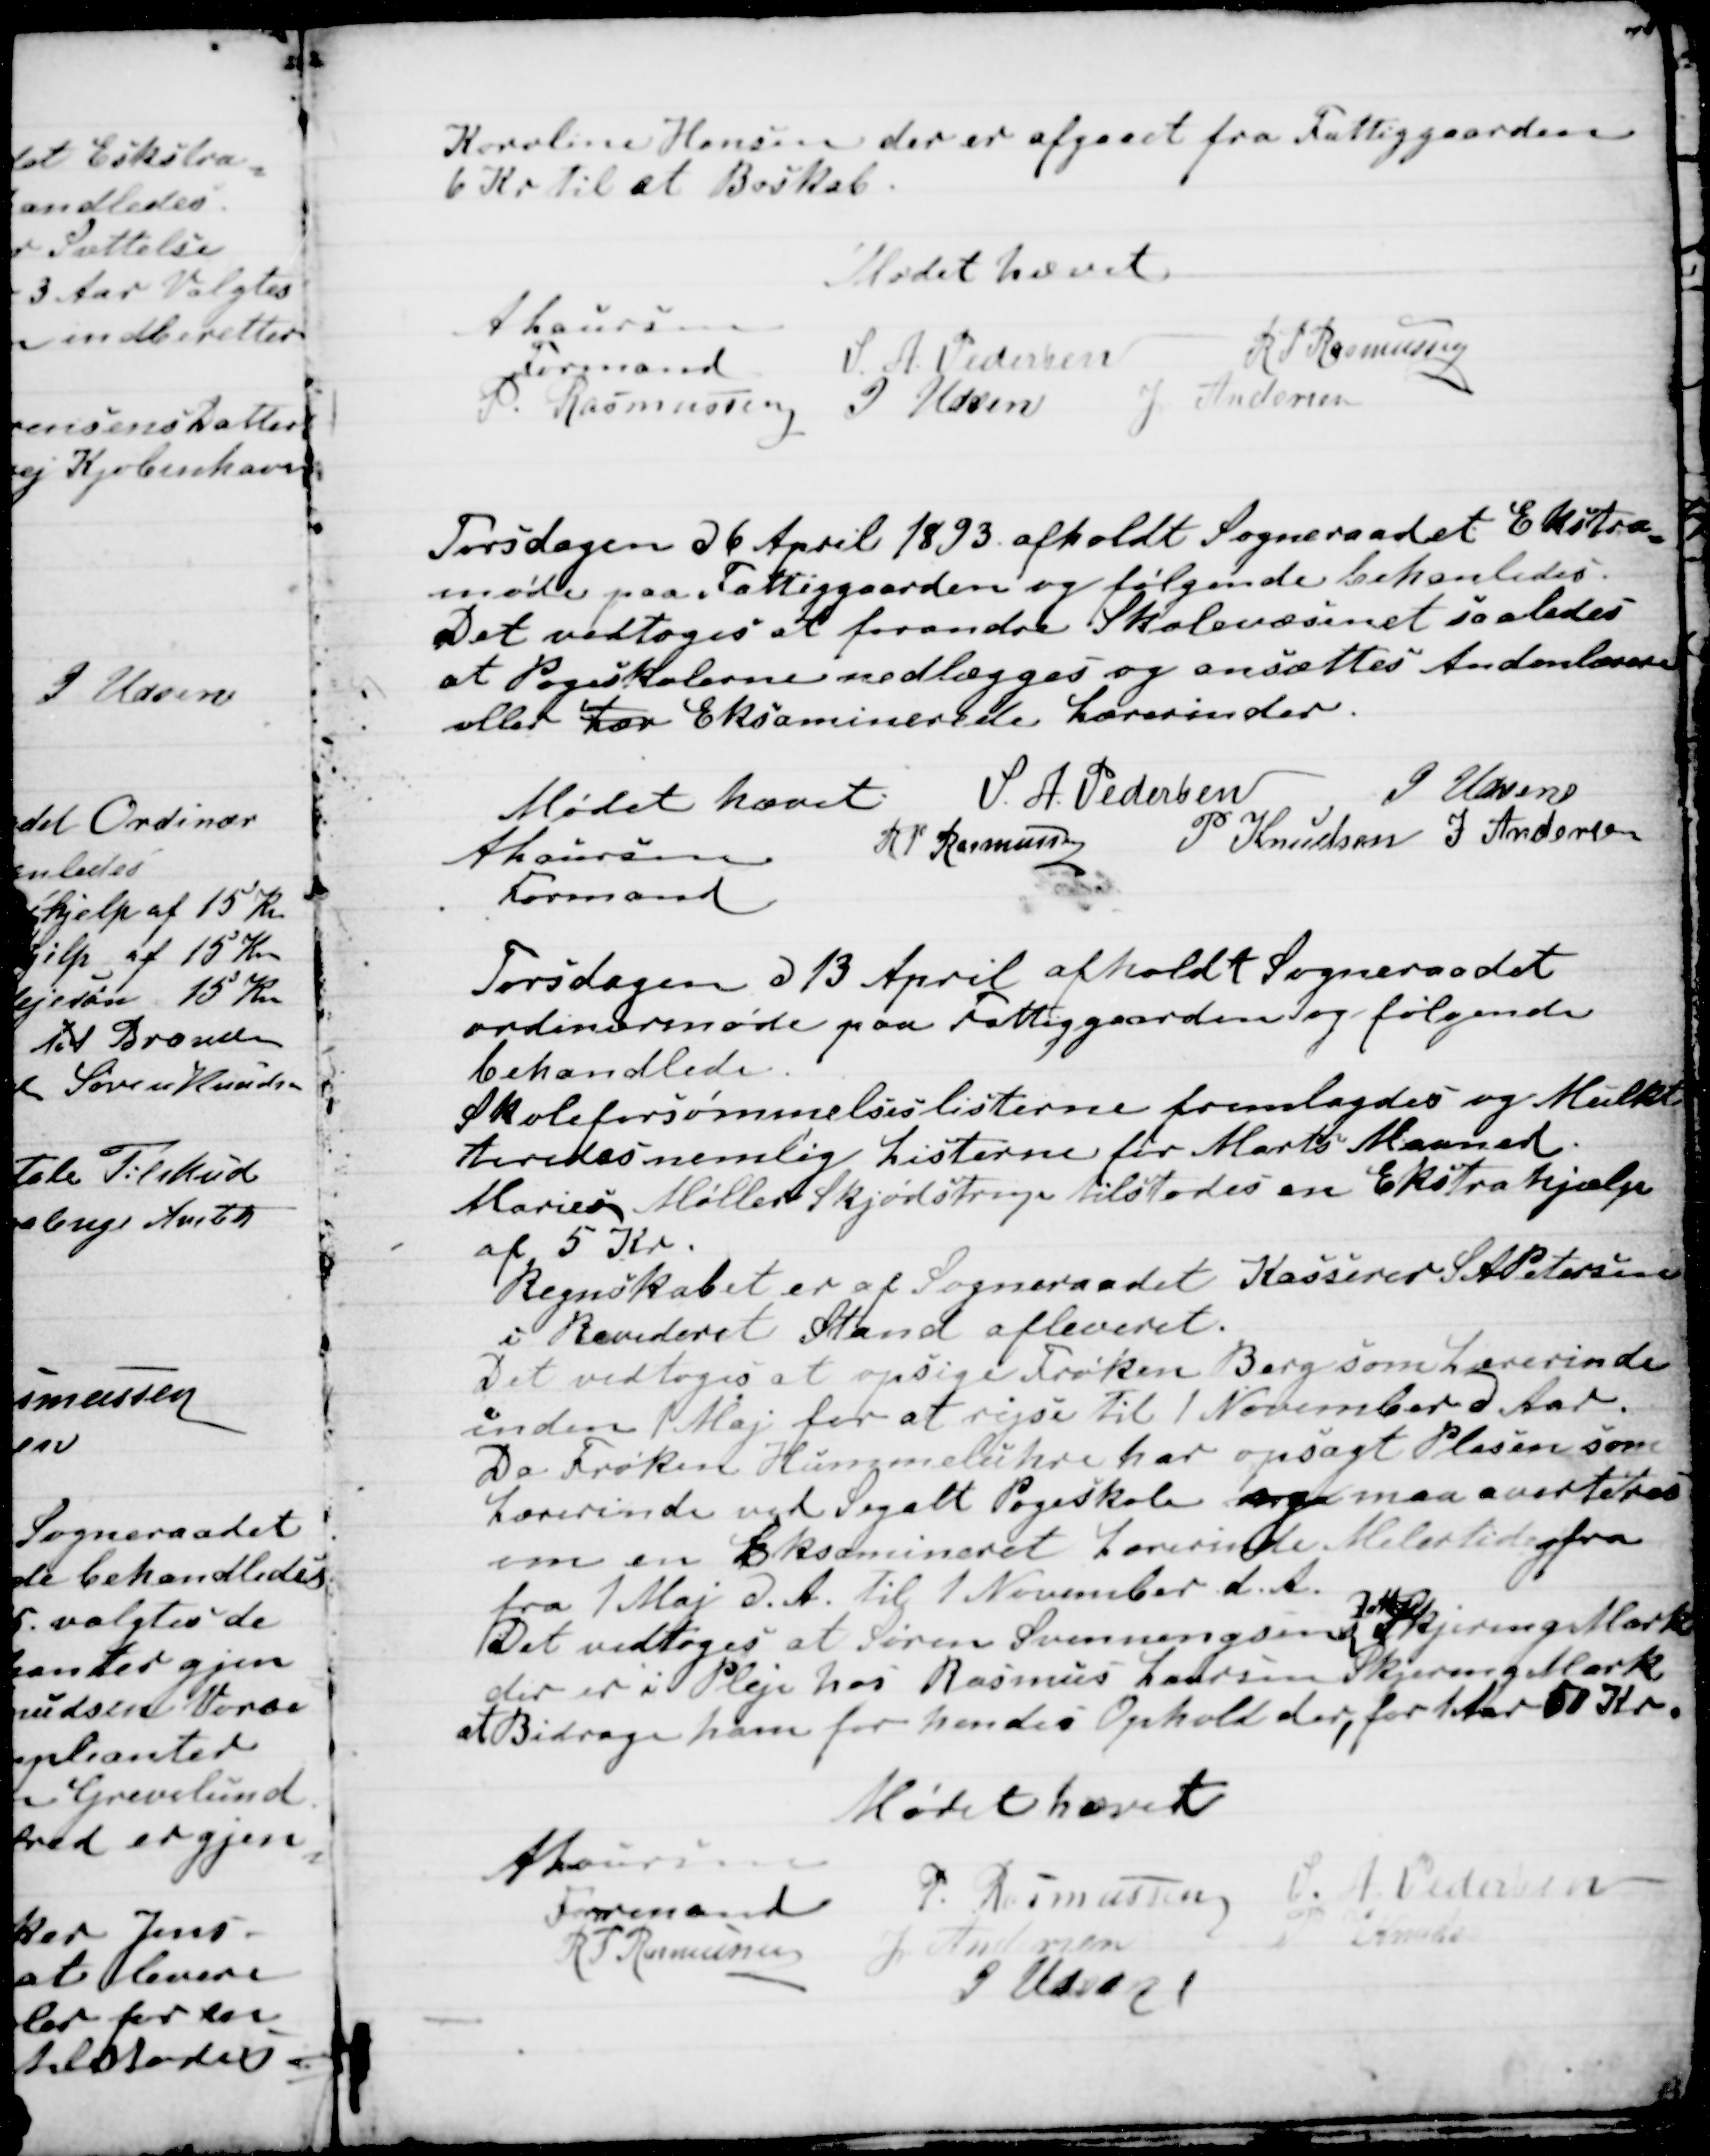
Transskription:
Karoline Hansen der er afgaaet fra Fattiggaarden
6 Kr til et Boskab.
Mødet hævet
A Laursen
Formand
S. A. Pedersen
R P Rasmussen
P. Rasmussen
J Udsen
J Andersen

Torsdagen d 6 April 1893 afholdt Sogneraadet Ekstra
=
møde paa Fattiggaarden og følgende behandledes.
Det vedtoges at forandre Skolevæsenet saaledes
at Pogeskolerne nedlægges og ansættes Andenlærere
eller Lær Eksaminerede Lærerinder.
Mødet hævet
A Laursen
Formand
S. A. Pedersen
J Udsen
R P Rasmussen
P Knudsen
J Andersen

Torsdagen d 13 April afholdt Sogneraadet
ordinærmøde paa Fattiggaarden og følgende
behandledes.
Skoleforsømmelseslisterne fremlagdes og Mulkt
teredes nemlig Listerne for Marts Maaned.
Marius Møller Skjødstrup tilstodes en Ekstrahjælp
af 5 Kr.
Regnskabet er af Sogneraadet Kasserer S A Petersen
i revideret Stand afleveret.
Det vedtoges at opsige Frøken Berg som Lærerinde
inden 1 Maj for at rejse til 1 November d Aar.
Da Frøken Hummeluhre har opsagt Plasen som
Lærerinde ved Segalt Pogeskole og maa averteres
om en Eksamineret Lærerinde Midlertidig fra
fra 1 Maj til 1 November d.A.
Det vedtoges at Søren Svenningsens 
Datter
Skjering Mark
der er i Pleje hos Rasmus Laursen Skjering Mark
at Bidrage ham for hendes Ophold der, for 1 Aar 50 Kr.
Mødet hævet
A Laursen
Formand
P. Rasmussen
S. A. Pedersen
R P Rasmussen
J Andersen
P Knudsen
J Udsen